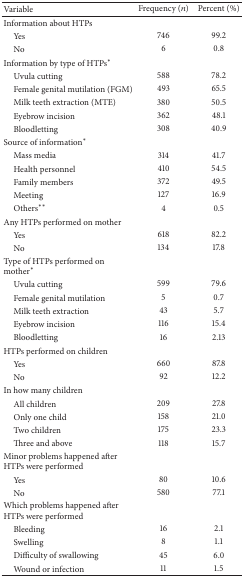
| Variable | Frequency (n) | Percent (%) |
 | --- | --- | --- |
 | Information about HTPs |  |  |
 | Yes | 746 | 99.2 |
 | No | 6 | 0.8 |
 | Information by type of HTPs∗ |  |  |
 | Uvula cutting | 588 | 78.2 |
 | Female genital mutilation (FGM) | 493 | 65.5 |
 | Milk teeth extraction (MTE) | 380 | 50.5 |
 | Eyebrow incision | 362 | 48.1 |
 | Bloodletting | 308 | 40.9 |
 | Source of information∗ |  |  |
 | Mass media | 314 | 41.7 |
 | Health personnel | 410 | 54.5 |
 | Family members | 372 | 49.5 |
 | Meeting | 127 | 16.9 |
 | Others∗∗ | 4 | 0.5 |
 | Any HTPs performed on mother |  |  |
 | Yes | 618 | 82.2 |
 | No | 134 | 17.8 |
 | Type of HTPs performed on mother∗ |  |  |
 | Uvula cutting | 599 | 79.6 |
 | Female genital mutilation | 5 | 0.7 |
 | Milk teeth extraction | 43 | 5.7 |
 | Eyebrow incision | 116 | 15.4 |
 | Bloodletting | 16 | 2.13 |
 | HTPs performed on children |  |  |
 | Yes | 660 | 87.8 |
 | No | 92 | 12.2 |
 | In how many children |  |  |
 | All children | 209 | 27.8 |
 | Only one child | 158 | 21.0 |
 | Two children | 175 | 23.3 |
 | Three and above | 118 | 15.7 |
 | Minor problems happened after HTPs were performed |  |  |
 | Yes | 80 | 10.6 |
 | No | 580 | 77.1 |
 | Which problems happened after HTPs were performed |  |  |
 | Bleeding | 16 | 2.1 |
 | Swelling | 8 | 1.1 |
 | Difficulty of swallowing | 45 | 6.0 |
 | Wound or infection | 11 | 1.5 |